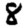
Digit: 8